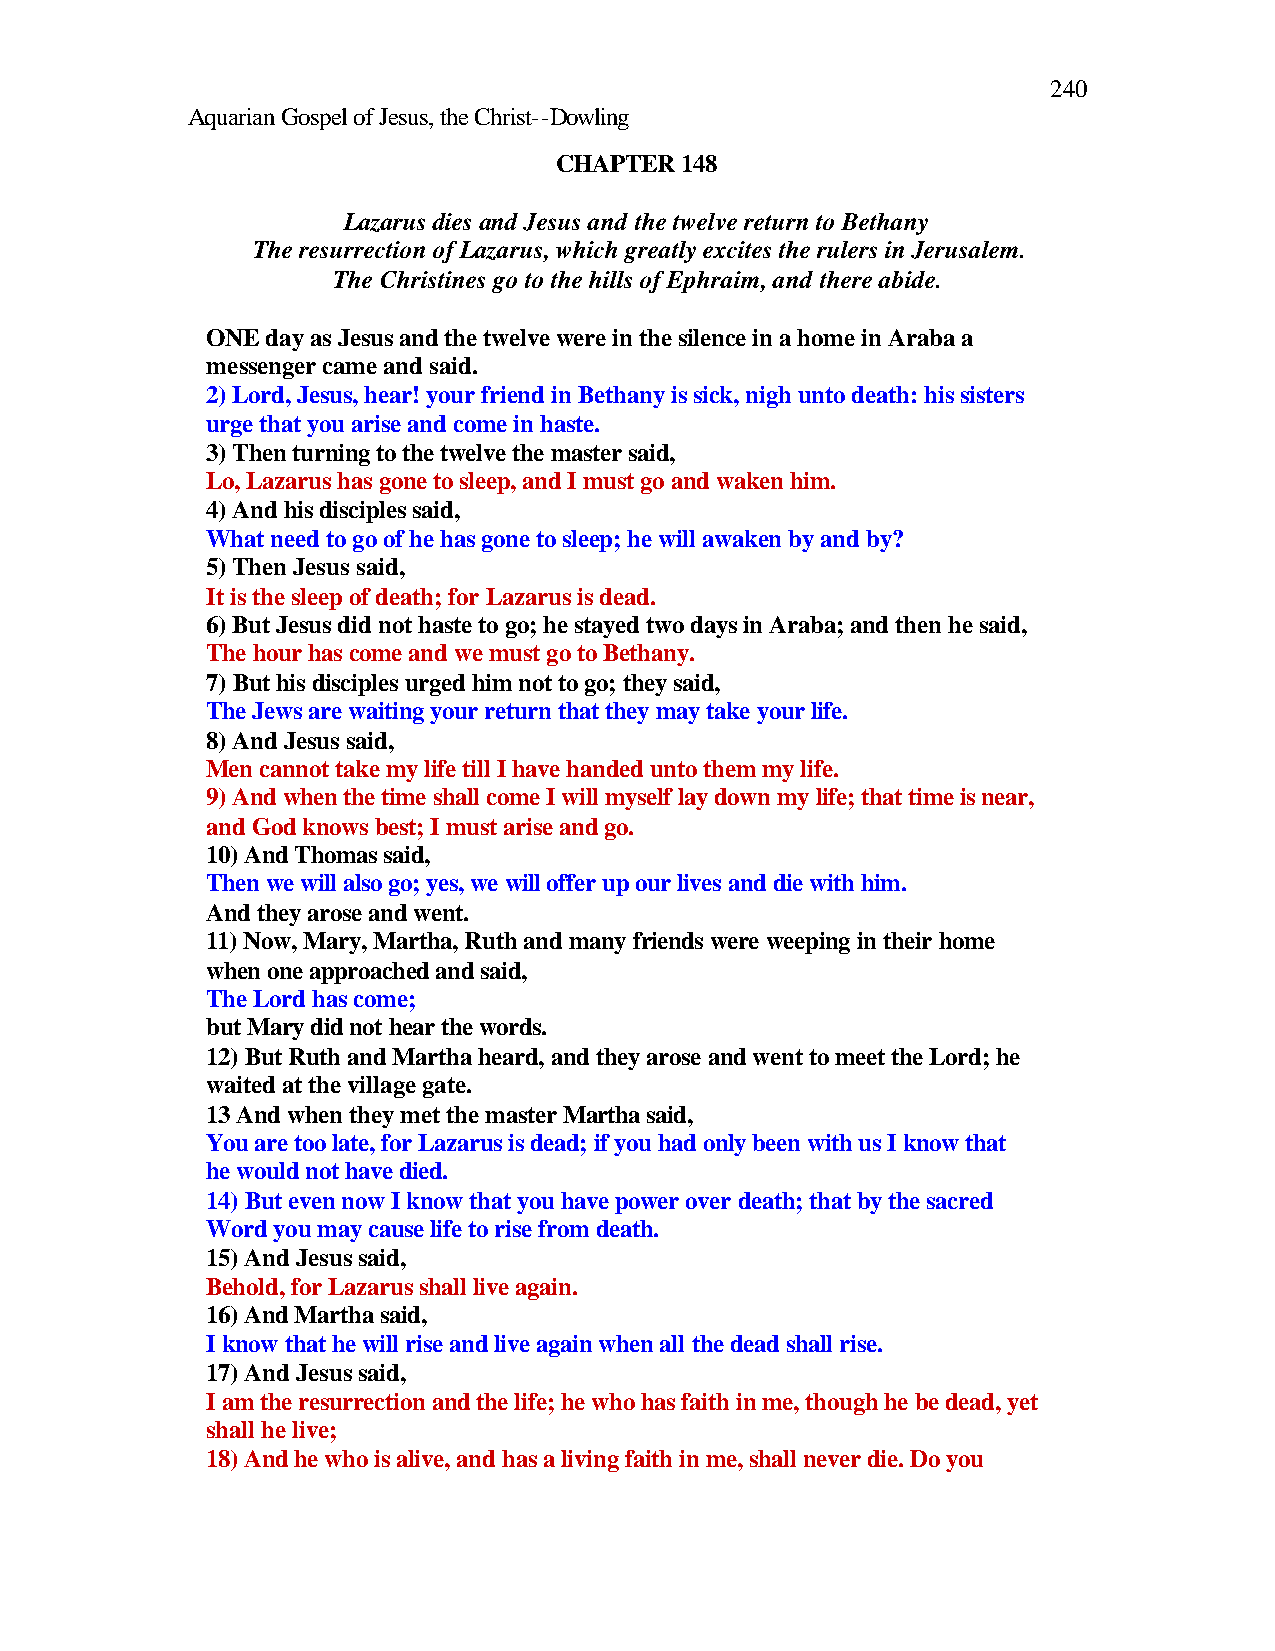
240
 Aquarian Gospel of Jesus, the Christ--Dowling
 CHAPTER 148
 Lazarus dies and Jesus and the twelve return to Bethany
 The resurrection of Lazarus, which greatly excites the rulers in Jerusalem.
 The Christines go to the hills of Ephraim, and there abide.
 ONE day as Jesus and the twelve were in the silence in a home in Araba a
 messenger came and said.
 2) Lord, Jesus, hear! your friend in Bethany is sick, nigh unto death: his sisters
 urge that you arise and come in haste.
 3) Then turning to the twelve the master said,
 Lo, Lazarus has gone to sleep, and I must go and waken him.
 4) And his disciples said,
 What need to go of he has gone to sleep; he will awaken by and by?
 5) Then Jesus said,
 It is the sleep of death; for Lazarus is dead.
 6) But Jesus did not haste to go; he stayed two days in Araba; and then he said,
 The hour has come and we must go to Bethany.
 7) But his disciples urged him not to go; they said,
 The Jews are waiting your return that they may take your life.
 8) And Jesus said,
 Men cannot take my life till I have handed unto them my life.
 9) And when the time shall come I will myself lay down my life; that time is near,
 and God knows best; I must arise and go.
 10) And Thomas said,
 Then we will also go; yes, we will offer up our lives and die with him.
 And they arose and went.
 11) Now, Mary, Martha, Ruth and many friends were weeping in their home
 when one approached and said,
 The Lord has come;
 but Mary did not hear the words.
 12) But Ruth and Martha heard, and they arose and went to meet the Lord; he
 waited at the village gate.
 13 And when they met the master Martha said,
 You are too late, for Lazarus is dead; if you had only been with us I know that
 he would not have died.
 14) But even now I know that you have power over death; that by the sacred
 Word you may cause life to rise from death.
 15) And Jesus said,
 Behold, for Lazarus shall live again.
 16) And Martha said,
 I know that he will rise and live again when all the dead shall rise.
 17) And Jesus said,
 I am the resurrection and the life; he who has faith in me, though he be dead, yet
 shall he live;
 18) And he who is alive, and has a living faith in me, shall never die. Do you